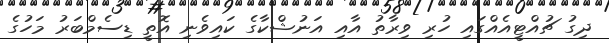
ދިގު ޗުއްޓީއެއްގައި ހުރި ވިރާތު އާއި އަނުޝްކާގެ ކައިވެނި އޮތީ ޑިސެމްބަރު މަހުގެ